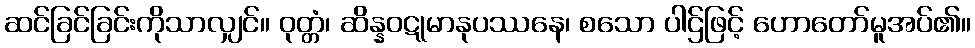
ဆင်ခြင်ခြင်းကိုသာလျှင်။ ဝုတ္တံ၊ ဆိန္နဝဋုမာနုပဿနေ၊ စသော ပါဌ်ဖြင့် ဟောတော်မူအပ်၏။